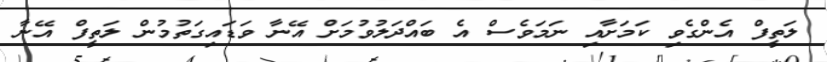
ލަތީފް އެންގެވި ކަމަށާއި ނަމަވެސް އެ ބައްދަލުވުމަށް އޭނާ ވަޑައިގަތުމުން ލަތީފް އޭނާ